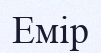
Емір